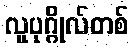
လူပုဂ္ဂိုလ်တစ်